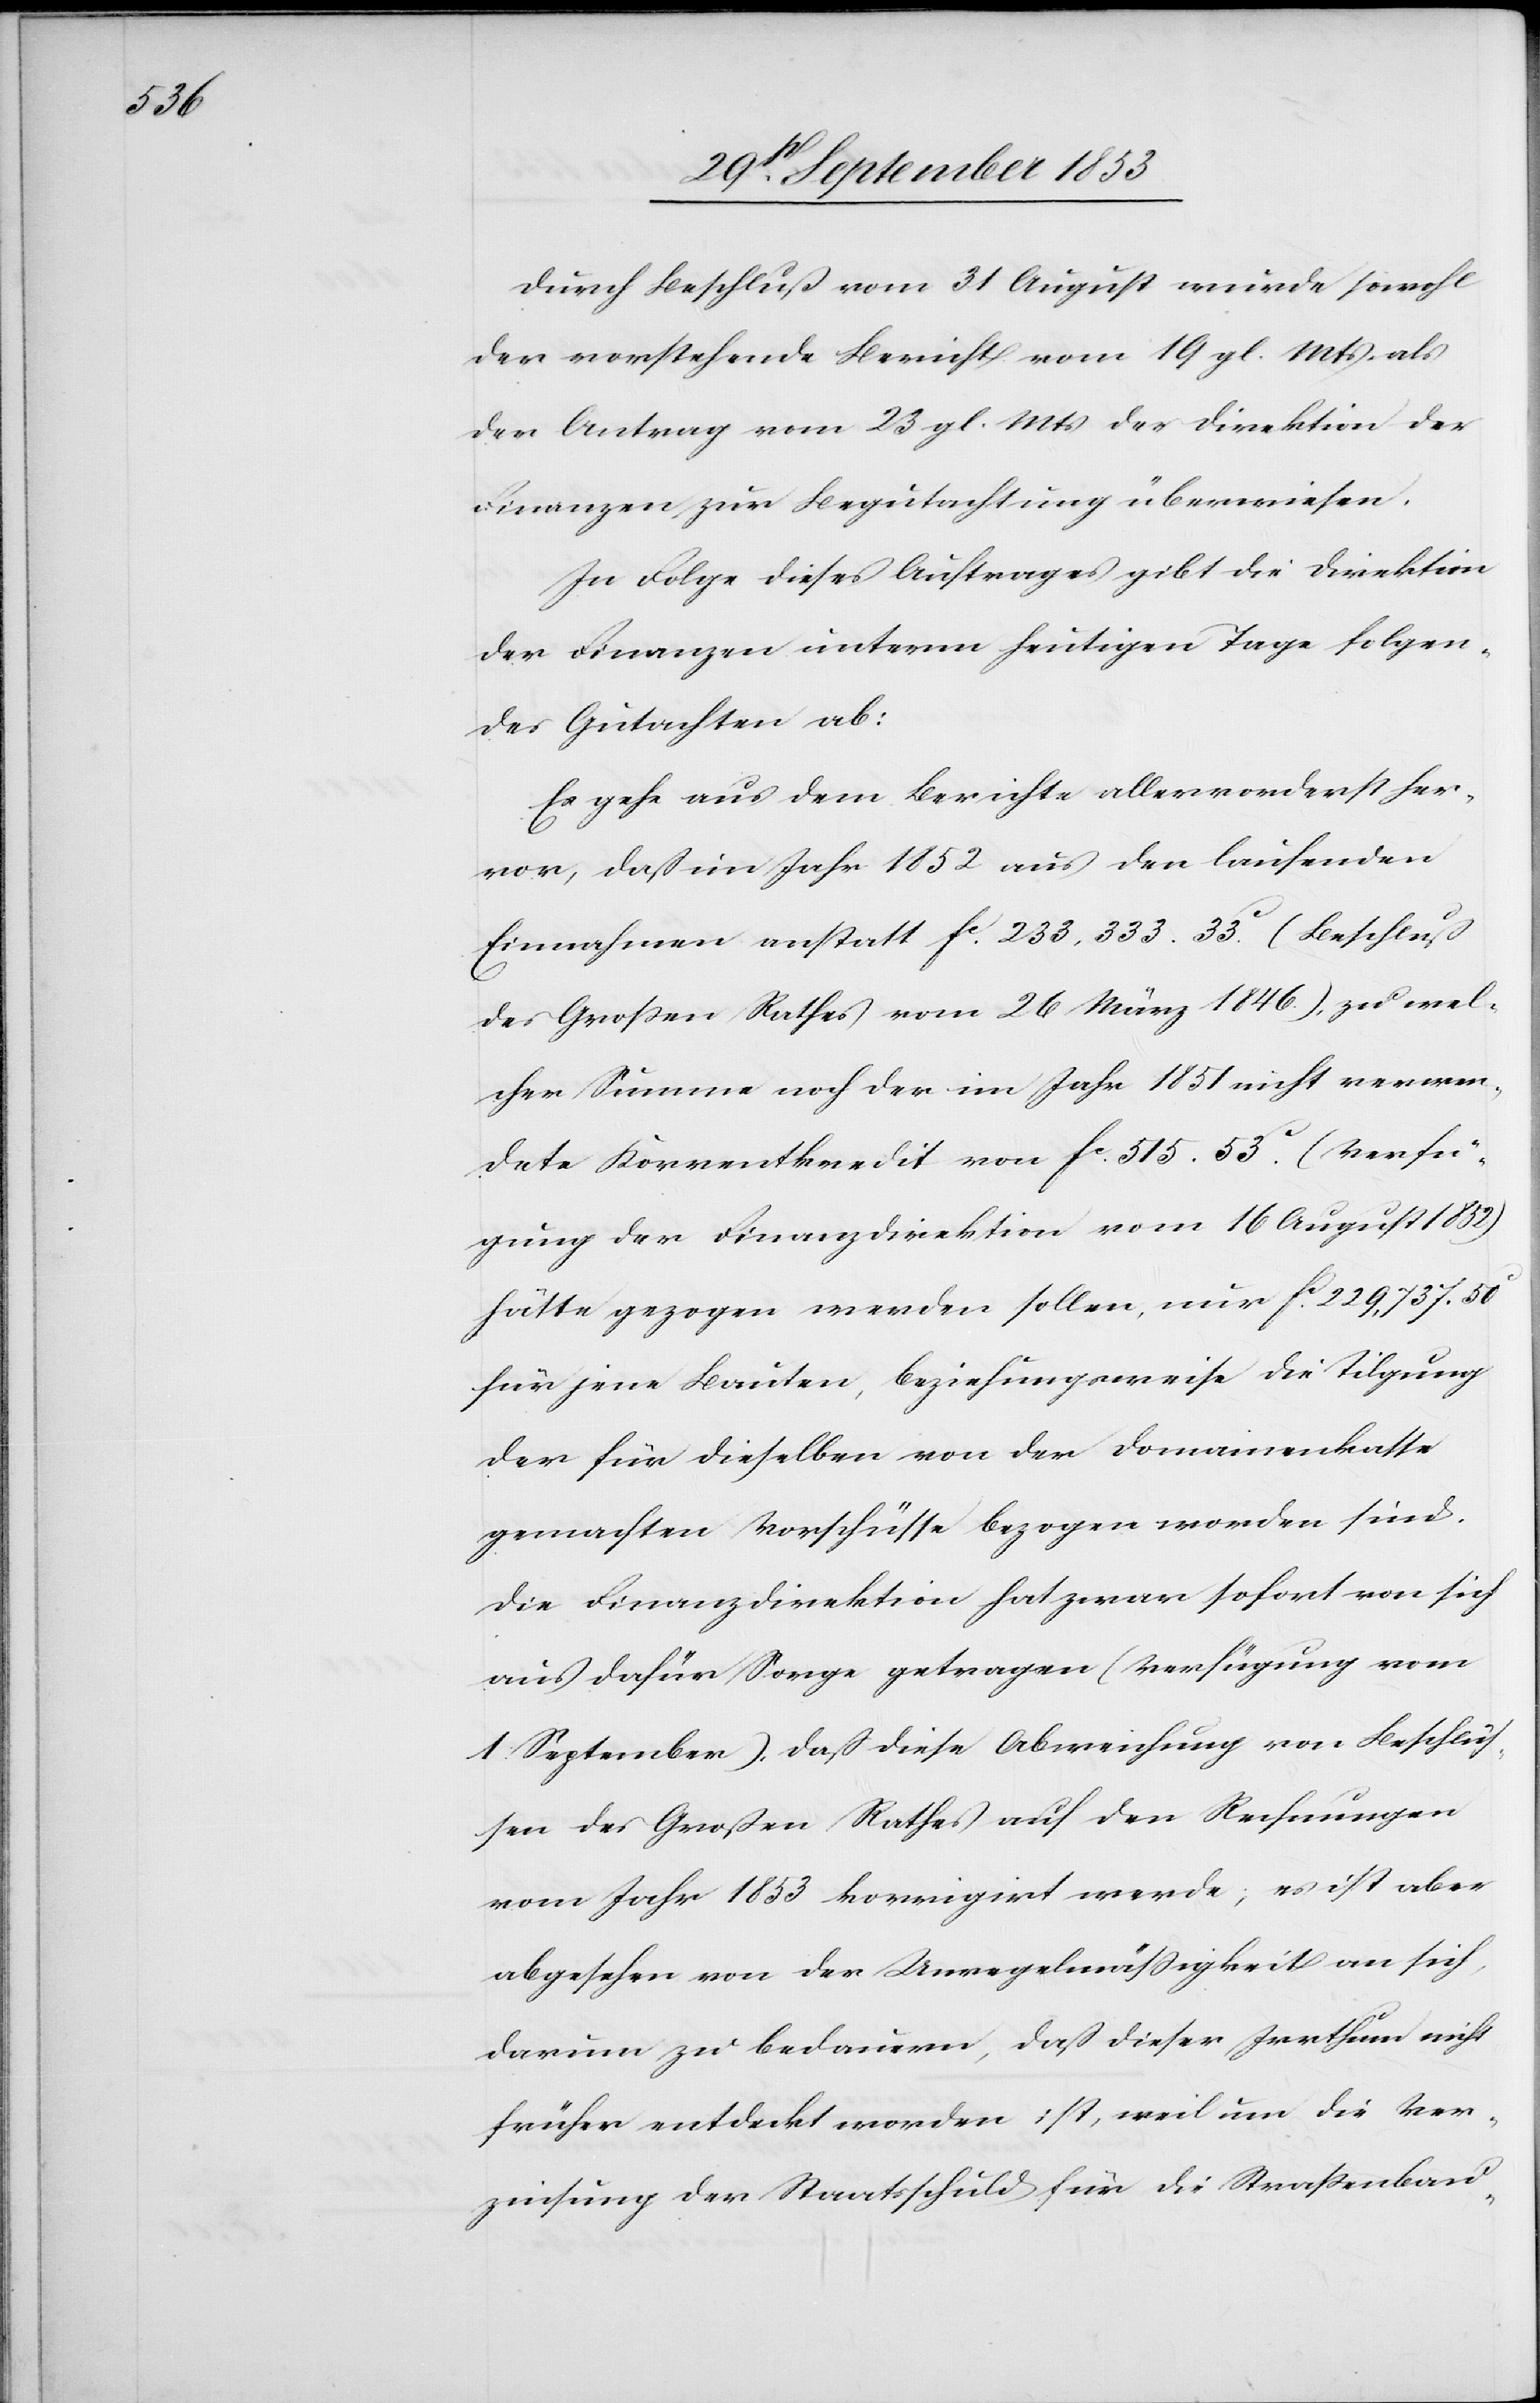
Durch Beschluß vom 31 August wurde sowohl
der vorstehende Bericht vom 19. gl. Mts. als
der Antrag vom 23 gl. Mts. der Direktion der
Finanzen, zur Begutachtung überwiesen.
In Folge dieses Auftrages gibt die Direktion
der Finanzen unterm heutigen Tage folgen¬
des Gutachten ab:
Es gehe aus dem Berichte allervorderst her¬
vor, daß im Jahr 1852 aus den laufenden
Einnahmen anstatt fc 233,333. 33c (Beschluß
des Großen Rathes vom 26 März 1846.) zu wel¬
cher Summe noch der im Jahr 1851 nicht verwen¬
dete Korrentkredit von fc 515. 53c (Verfü¬
gung der Finanzdirektion vom 16 August 1852)
hätte gezogen werden sollen, nur fc 229,737. 50c
für jene Bauten, beziehungsweise die Tilgung
der für dieselben von der Domainenkasse
gemachten Vorschüsse bezogen worden sind.
Die Finanzdirektion hat zwar sofort von sich
aus dafür Sorge getragen (Verfügung vom
1 September), daß diese Abweichung von Beschlüs¬
sen des Großen Rathes auf den Rechnungen
vom Jahr 1853 korrigirt werde; es ist aber
abgesehen von der Unregelmäßigkeit an sich,
darum zu bedauern, daß dieser Irrthum nicht
früher entdeckt worden ist, weil um die Ver¬
zinsung der Staatsschuld für die Straßenbau-